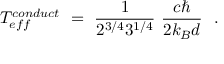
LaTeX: T _ { e f f } ^ { c o n d u c t } \ = \ \frac { 1 } { 2 ^ { 3 / 4 } 3 ^ { 1 / 4 } } \ \frac { c \hbar } { 2 k _ { B } d } \ \ .